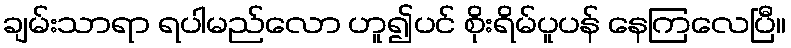
ချမ်းသာရာ ရပါမည်လော ဟူ၍ပင် စိုးရိမ်ပူပန် နေကြလေပြီ။